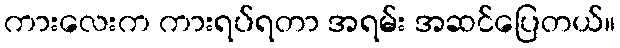
ကားလေးက ကားရပ်ရတာ အရမ်း အဆင်ပြေတယ်။